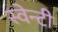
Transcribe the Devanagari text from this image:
स्वेन्‍टी